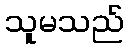
သူမသည်